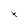
Character: x